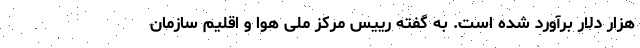
هزار دلار برآورد شده است. به گفته رییس مرکز ملی هوا و اقلیم سازمان